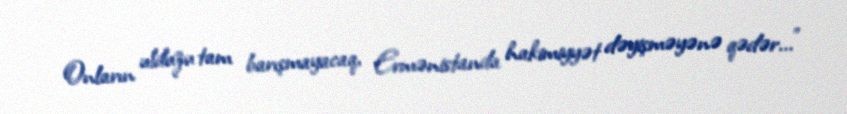
Onların ulduzu tam barışmayacaq, Ermənistanda hakimiyyət dəyişməyənə qədər..."